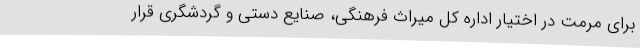
برای مرمت در اختیار اداره کل میراث فرهنگی، صنایع دستی و گردشگری قرار